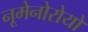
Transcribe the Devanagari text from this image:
नूमेनोरोयों